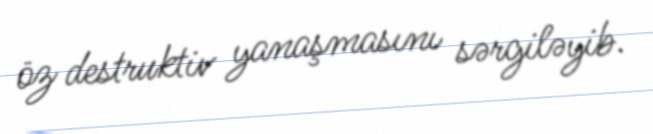
öz destruktiv yanaşmasını sərgiləyib.